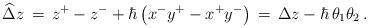
\begin{align*}\widehat\Delta z \,=\, z^+ - z^- +\hbar\left(x^- y^+ - x^+ y^-\right) \,=\, \Delta z - \hbar \, \theta_1\theta_2\,.\end{align*}